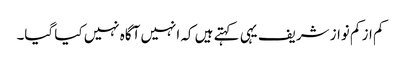
کم از کم نواز شریف یہی کہتے ہیں کہ انہیں آگاہ نہیں کیا گیا۔